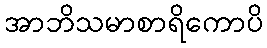
အာဘိသမာစာရိကောပိ